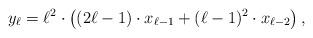
LaTeX: \begin{align*}y_{\ell}=\ell^2 \cdot \left( (2\ell-1)\cdot x_{\ell-1} + (\ell-1)^2 \cdot x_{\ell-2} \right),\end{align*}